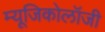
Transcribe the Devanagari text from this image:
म्‍यूजिकोलॉजी